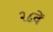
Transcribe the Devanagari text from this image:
२८वें